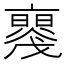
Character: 𠆝